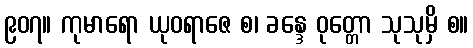
၉၀၇။ ကုမာရော ယုဝရာဇေ စ၊ ခန္ဒေ ဝုတ္တော သုသုမှိ စ။